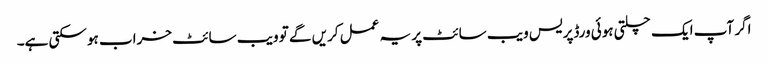
اگر آپ ایک چلتی ہوئی ورڈپریس ویب سائٹ پر یہ عمل کریں گے تو ویب سائٹ خراب ہو سکتی ہے۔